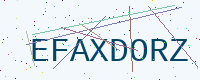
Text: EFAXDORZ